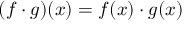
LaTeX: ( f \cdot g ) ( x ) = f ( x ) \cdot g ( x )